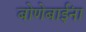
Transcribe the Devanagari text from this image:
बोणेबाईंना